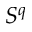
S ^ { q }